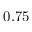
0 . 7 5